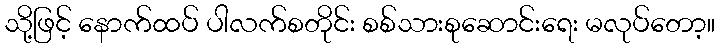
သို့ဖြင့် နောက်ထပ် ပါလက်စတိုင်း စစ်သားစုဆောင်းရေး မလုပ်တော့။